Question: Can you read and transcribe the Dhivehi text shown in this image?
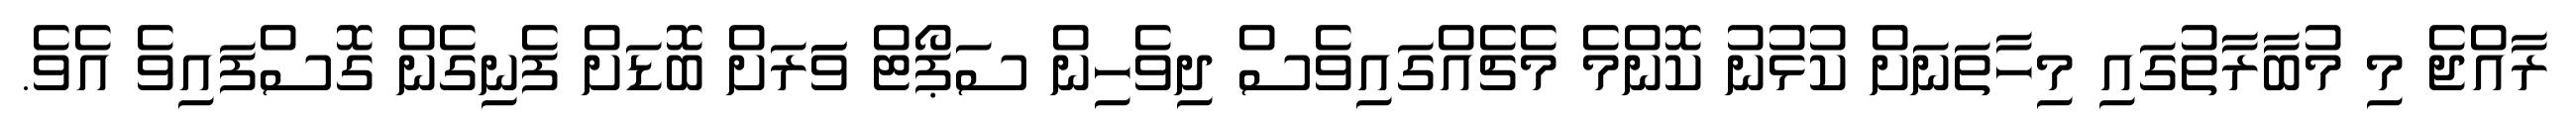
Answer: ރާއްޖެ މި މުބާރާތުގައި މިހާތަނަށް ކުޅުނު ކޮންމެ މެޗެއްގައިވެސް ދިވެހިން ސަޕޯޓް ވަަރަށް ބޮޑަށް ފެނިގެން ގޮސްފައިވެ އެވެ.